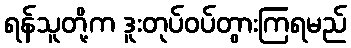
ရန်သူတို့က ဒူးတုပ်ဝပ်တွားကြရမည်